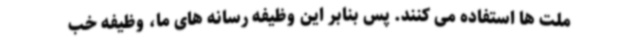
ملت ها استفاده می کنند. پس بنابر این وظیفه رسانه های ما، وظیفه خب